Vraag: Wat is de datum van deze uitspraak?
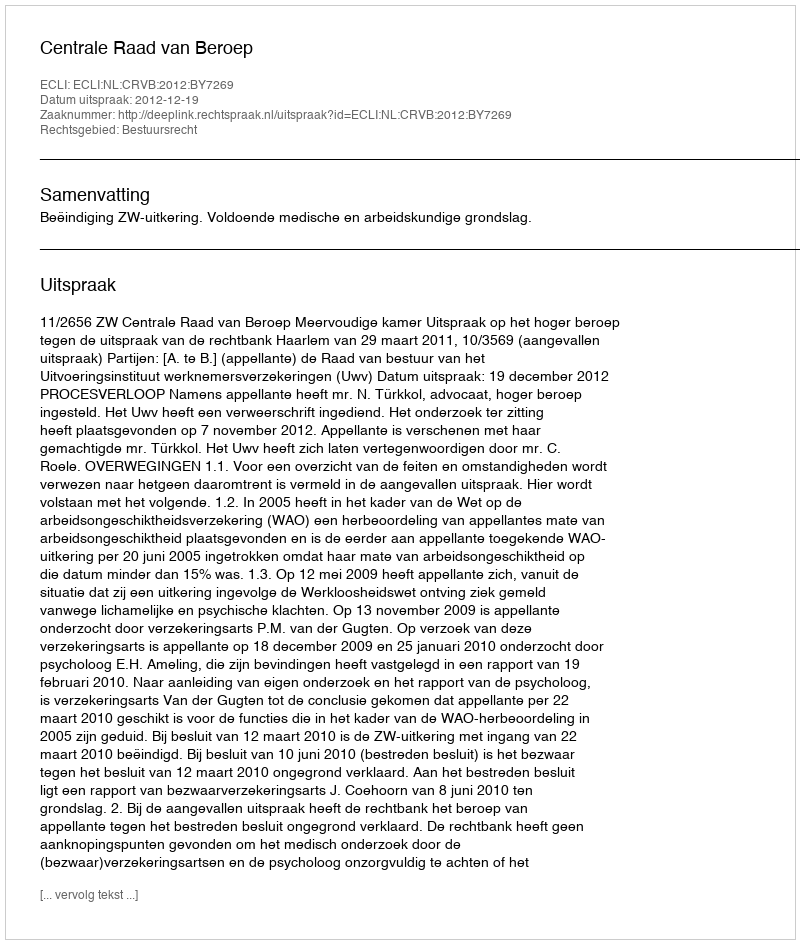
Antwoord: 2012-12-19